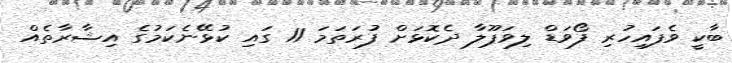
ބާކީ ވެފައިހުރި ފޯވަޑް ލިވަޕޫލާ ދެކޮޅަށް ފުރަތަމަ 11 ގައި ކުޅޭނެކަމުގެ އިޝާރާތެއް